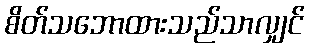
စိတ်သဘောထားသည်သာလျှင်